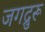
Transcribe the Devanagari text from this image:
जगद्रुरू